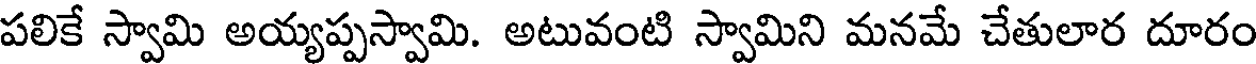
పలికే స్వామి అయ్యప్పస్వామి. అటువంటి స్వామిని మనమే చేతులార దూరం